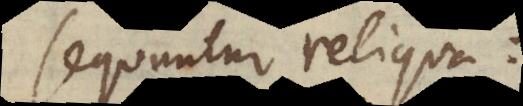
sequuntur reliqua: